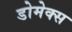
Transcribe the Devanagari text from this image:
डोमेक्स